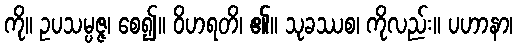
ကို။ ဥပသမ္ပဇ္ဇ၊ စေ၍။ ဝိဟရတိ၊ ၏။ သုခဿစ၊ ကိုလည်း။ ပဟာနာ၊